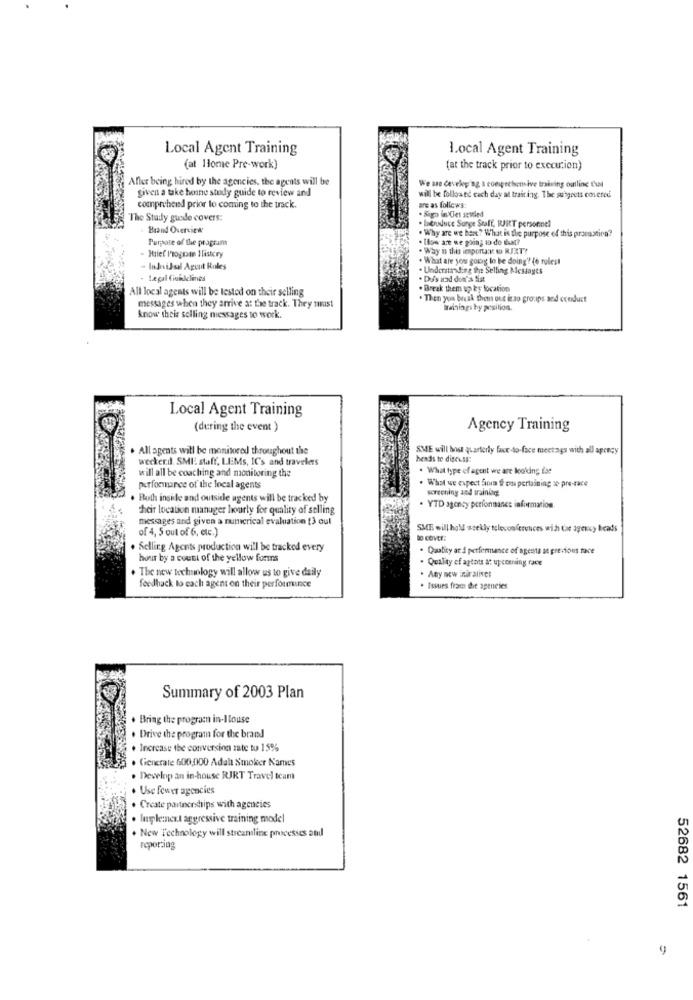
Local Agent Training
1.ocal Agent Training
(at Home Pre-work)
(at the track prior to execution)
Afler being hired by the agencies, the agents will be
given a take bone study guide to review and
We are developing a coeigechicosive training outline that
will be followed each day at training. The surgeets covered
comprehend prior to coming to the track.
are as follows
The Study guide covers:
. Introduce Surge Staff, WURT personnel
Brand Overview
Purpose of the program
. Why are we bent? What is the purpose of this pronostica?
. Ilow are we going to do dust?
. Why is this important to RENT?
- Brief Program Ilistcry
. What are you goutg lo be doing'? (o rolest
- Individual Agent Roles
. Understanding the Selling Messages
- Legal Guidelines
Dy's and don'a Siat
All local agents will be tested on their selling
. Break them up by location
. Then you break then ous isso groups and ccerduct
messages when they arrive at the track. They must
wrainings by posilion.
know theis selling messages to work.
Local Agent Training
(during the event)
Agency Training
. All agents will be monitored throughout the
SME will bost quarterly face-to-face meetings with all agency
wecker.d. SMI staff, LEMs, IC's and travelers
heads te digeust:
will all be coaching and monitoring the
. What type of agent we are looking ise
performance of the local agents
. What we expect fra Il ona pertaining se pre-race
screening and training
. Both inside and outside agents will be tracked by
their location manager hourly for quality of selling
. YTD agency pcrfontanes information.
messages and given a numerical evaluation [3 oul
of 4, 5 out of 6, etc.)
SME will hold weekly teleconferences with the agency beads
30 COVEr.
. Selling Agents production will be tracked every
. Quality at & performance of agents at previous race
hour by a count of the yellow forms
. Quality of agtats at upcoming race
.The new technology will allow us to give daily
. Any new iniralives
fordhack to cach agent on their performance
. Issues fra de agencies
Summary of 2003 Plan
. Bring the program in-House
. Drive the program for the brand
. Increase the conversion zate tu 15%
5 . Generate 600,000 Adal Smoker Names
. Develop an in-house RJRT Travel team
. Use fewer agencies
. Create partnerships with agencies
. Implement aggressive training model
. New Technology will streamline processes and
reporting
52682 1561
9